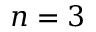
n = 3